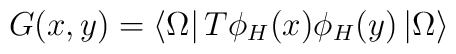
G(x,y)=\left< \Omega \right| T\phi _{H}(x)\phi _{H}(y)\left| \Omega \right>